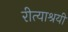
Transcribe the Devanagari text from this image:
रीत्याश्रयी